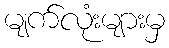
မျက်လုံးများမှ